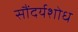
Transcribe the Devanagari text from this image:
सौंदर्यशोध